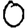
Digit: 0